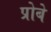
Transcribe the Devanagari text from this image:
प्रोबे